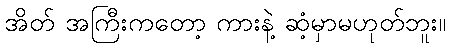
အိတ် အကြီးကတော့ ကားနဲ့ ဆံ့မှာမဟုတ်ဘူး။